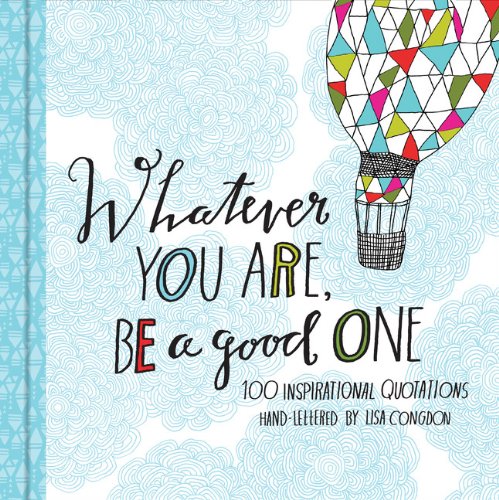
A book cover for Whatever You Are, Be a Good One: 100 Inspirational Quotations Hand-Lettered by Lisa Congdon; Literature & Fiction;